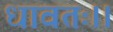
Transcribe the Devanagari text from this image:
धावतः।।